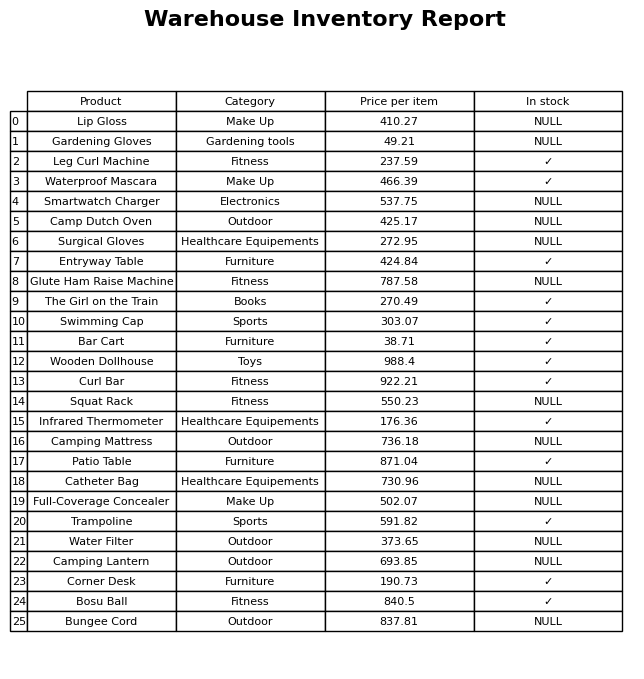
question: What is the stock status of the Lip Gloss?
answer: NULL